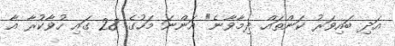
އަދި ބައިވަރު ކަންތައް ދިމާވާނެ" އަންނަ މަހުގެ 28 ގައި ހުވާކުރާ އާ